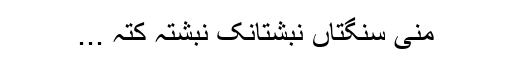
منی سنگتاں نبشتانک نبشتہ کتہ ...